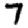
Digit: 7